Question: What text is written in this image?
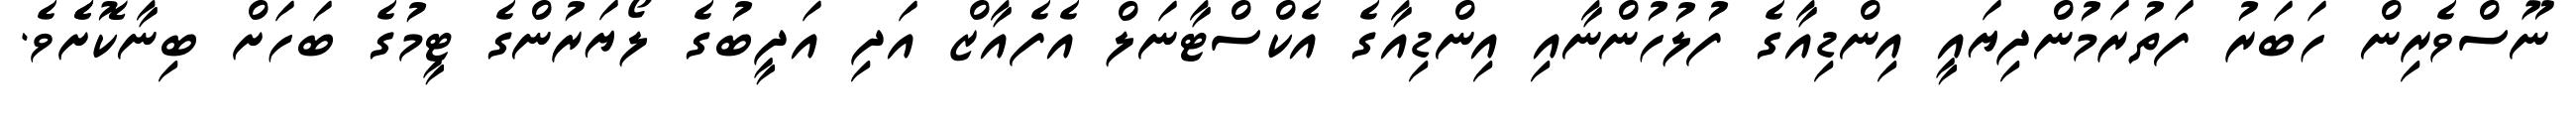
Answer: ނޫސްވެރިން ހަބަރު ފަތުރަމުންދިޔައީ އިންޑިއާގެ ފުލުހުންނާއި އިންޑިއާގެ އެކްސްޓާނަލް އެފެއާޒް އަދި އަދީބުގެ ލޯޔަރުންގެ ޓީމުގެ ބަހަށް ބިނާކޮށެެވެ.